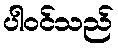
ပါဝင်သည်